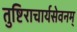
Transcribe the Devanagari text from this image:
तुष्टिराचार्यसेवनम्